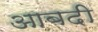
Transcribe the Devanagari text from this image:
आबदी